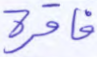
فاقرة